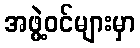
အဖွဲ့ဝင်များမှာ